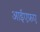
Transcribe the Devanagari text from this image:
आईएफ़ए